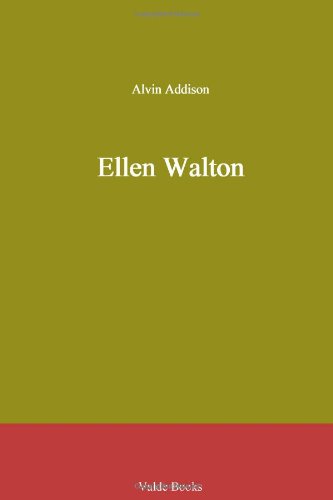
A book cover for Ellen Walton; Alvin Addison; Crafts, Hobbies & Home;